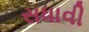
સધાવી